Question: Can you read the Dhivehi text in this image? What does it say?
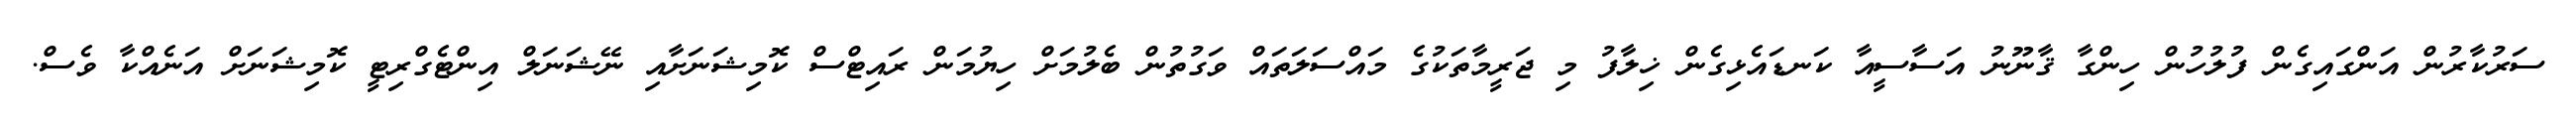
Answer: ސަރުކާރުން އަންގައިގެން ފުލުހުން ހިންގާ ޤާނޫނު އަސާސީއާ ކަނޑައެޅިގެން ޚިލާފު މި ޖަރީމާތަކުގެ މައްސަލަތައް ވަގުތުން ބެލުމަށް ހިޔުމަން ރައިޓްސް ކޮމިޝަނަށާއި ނޭޝަނަލް އިންޓެގްރިޓީ ކޮމިޝަނަށް އަނެއްކާ ވެސް.